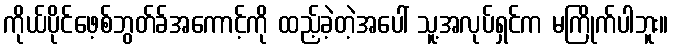
ကိုယ်ပိုင်ဖေ့စ်ဘွတ်ခ်အကောင့်ကို ထည့်ခဲ့တဲ့အပေါ် သူ့အလုပ်ရှင်က မကြိုက်ပါဘူး။